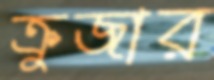
ক্রুজার